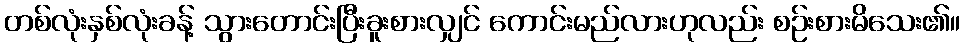
တစ်လုံးနှစ်လုံးခန့် သွားတောင်းပြီးခူးစားလျှင် ကောင်းမည်လားဟုလည်း စဉ်းစားမိသေး၏။